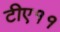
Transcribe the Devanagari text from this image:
टीए११